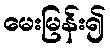
မေးမြန်း၍